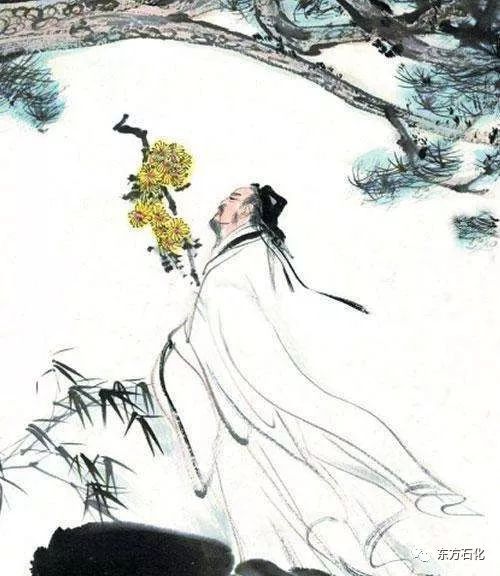
君子内省不疚，无恶于志。君子之所不可及者，其唯人之所不见乎。